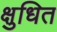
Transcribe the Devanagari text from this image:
क्षुधित